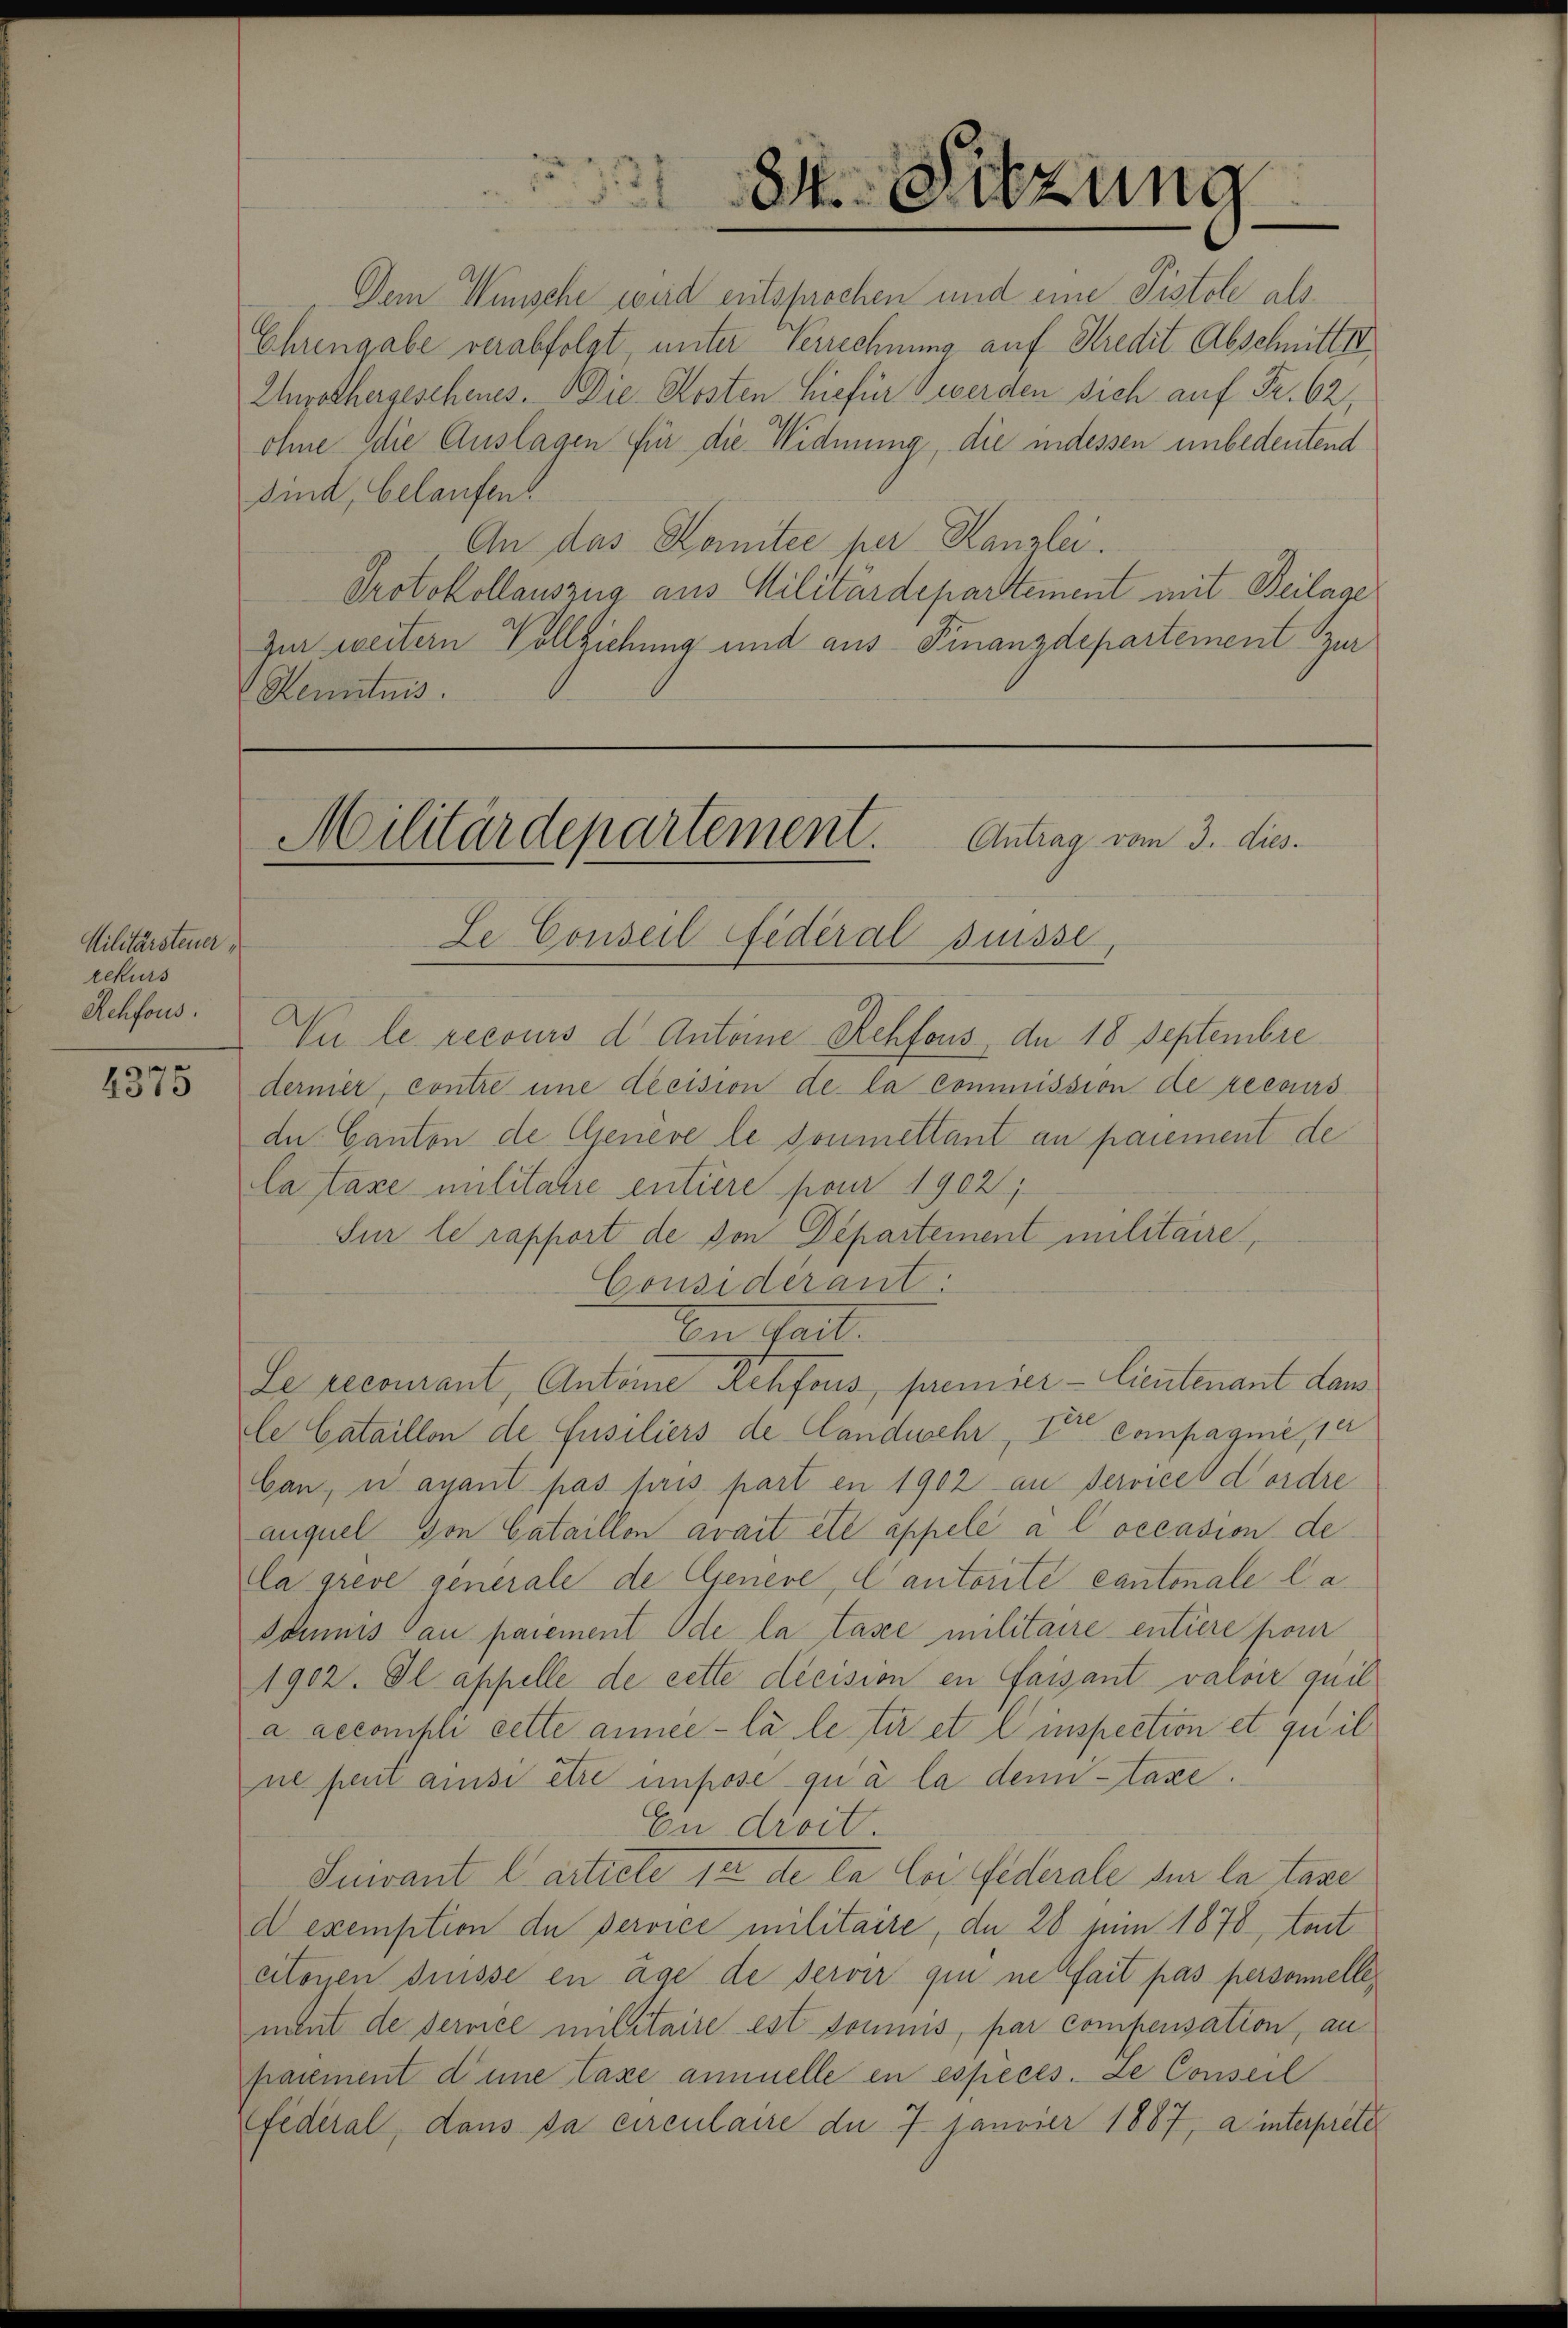
Militärsteuer
rekurs
Rehfous.
e

¬
4310

2
8

84. Sitzung

Dem Wünsche wird entsprochen und eine Pistole als
Ehrengabe verabfolgt, unter Verrechnung auf Kredit Abschnitt II
Enrothergeschenes. Die Kosten hiefür werden sich auf Fr. 62,
ohne die Auslagen für die Widmung, die indessen unbedeutend
sind, belaufen.
An das Komitée per Kanzlei.
Protokollauszug aus Militärdepartement mit Beilage
Zur weitern Vollziehung und aus- Finanzdepartement zur
Kenntnis.

E
Vu le recours d. Antoine Rehfous, de 18 Septembre
dernier, contre une decision de la commission de recours
de Canton de Geneve le soumettant an paiement de
Ca taxe militarie entiere pour 1902,
Sur le rapport de von Departement militaire,
Considerant
Von Gatt
Le recourant, Antone Rehfous, premier - lieutenant dans
le Cataillon de Fusiliers de landwehr, V. Compagnie, 14
Can, u ayant pas pris part en 1902 an Service d'ordre
auquel von Cataillon avait été appelé à l’occasion de
Ca greve generale de Geneve, Cantorité cantonale l. a.
Domnis au paiement Ode la tasee militaire entiere pour
1902. Il appelle de cette décision en faisant varoir quil
a accomisch cette année la le tir et l inspection et quil
ne peut ansi être impose qu’à la dem taxe.
En droit.
Suivant l’article 12 de la Coi Federale sur la taxe
d exemption de service militaire, da 28 Juni 1878, tout
citonen Suisse en âge de servir qui ne fait pas personelle
ment de service militaire est soumis, par compensation, au
paiement deine Taxe annuelle en especés. Le Conseil
fédéral, dans sa circulaire du 7. Janvier 1887, a interprete

Militärdepartement. Antrag vom 3. dies.
Le Conseil Federal Suisse,